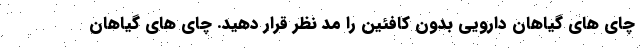
چای های گیاهان دارویی بدون کافئین را مد نظر قرار دهید. چای های گیاهان